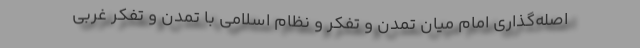
اصله‌گذاری امام میان تمدن و تفکر و نظام اسلامی با تمدن و تفکر غربی